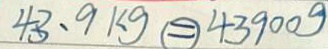
4 3 . 9 k g \textcircled { = } 4 3 9 0 0 g